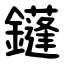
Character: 鑝